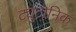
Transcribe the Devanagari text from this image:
ट्युटोनिक